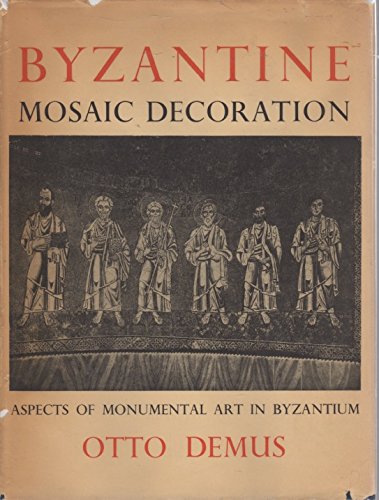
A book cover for Byzantine Mosaic Decoration: Aspects of Monumental Art in Byzantium; Otto Demus; Arts & Photography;